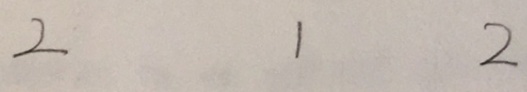
2 1 2